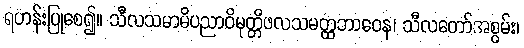
ရဟန်းပြုစေ၍။ သီလသမာဓိပညာဝိမုတ္တိဖလသမတ္ထဘာဝေန၊ သီလတော်အစွမ်း၊